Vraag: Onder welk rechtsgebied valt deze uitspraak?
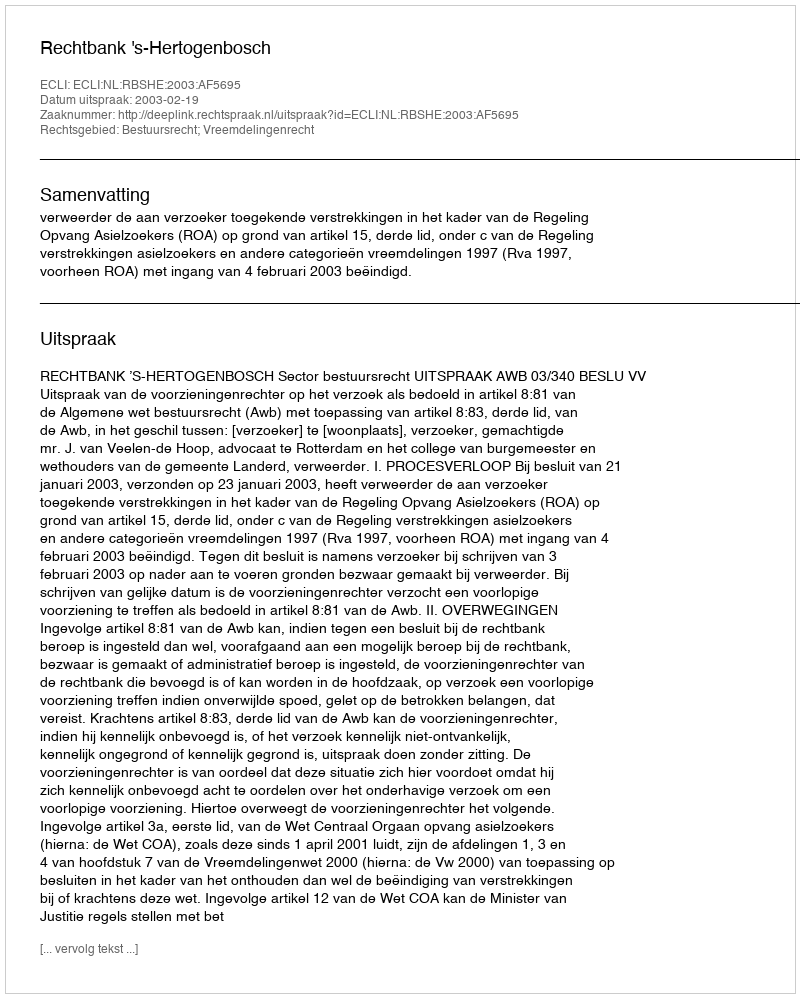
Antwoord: Bestuursrecht; Vreemdelingenrecht